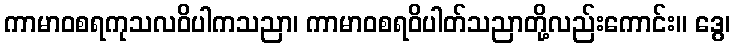
ကာမာဝစရကုသလဝိပါကသညာ၊ ကာမာဝစရဝိပါတ်သညာတို့လည်းကောင်း။ ဒွေ၊